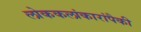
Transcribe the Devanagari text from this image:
लोककलांकारांपैकी